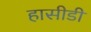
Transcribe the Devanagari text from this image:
हासीडी